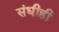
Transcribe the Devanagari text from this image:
संधीही